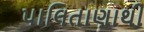
પાલિતાણાથી